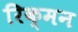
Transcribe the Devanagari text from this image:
रिक्मन